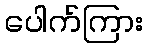
ပေါက်ကြား